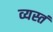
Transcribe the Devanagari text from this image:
व्यस्तं